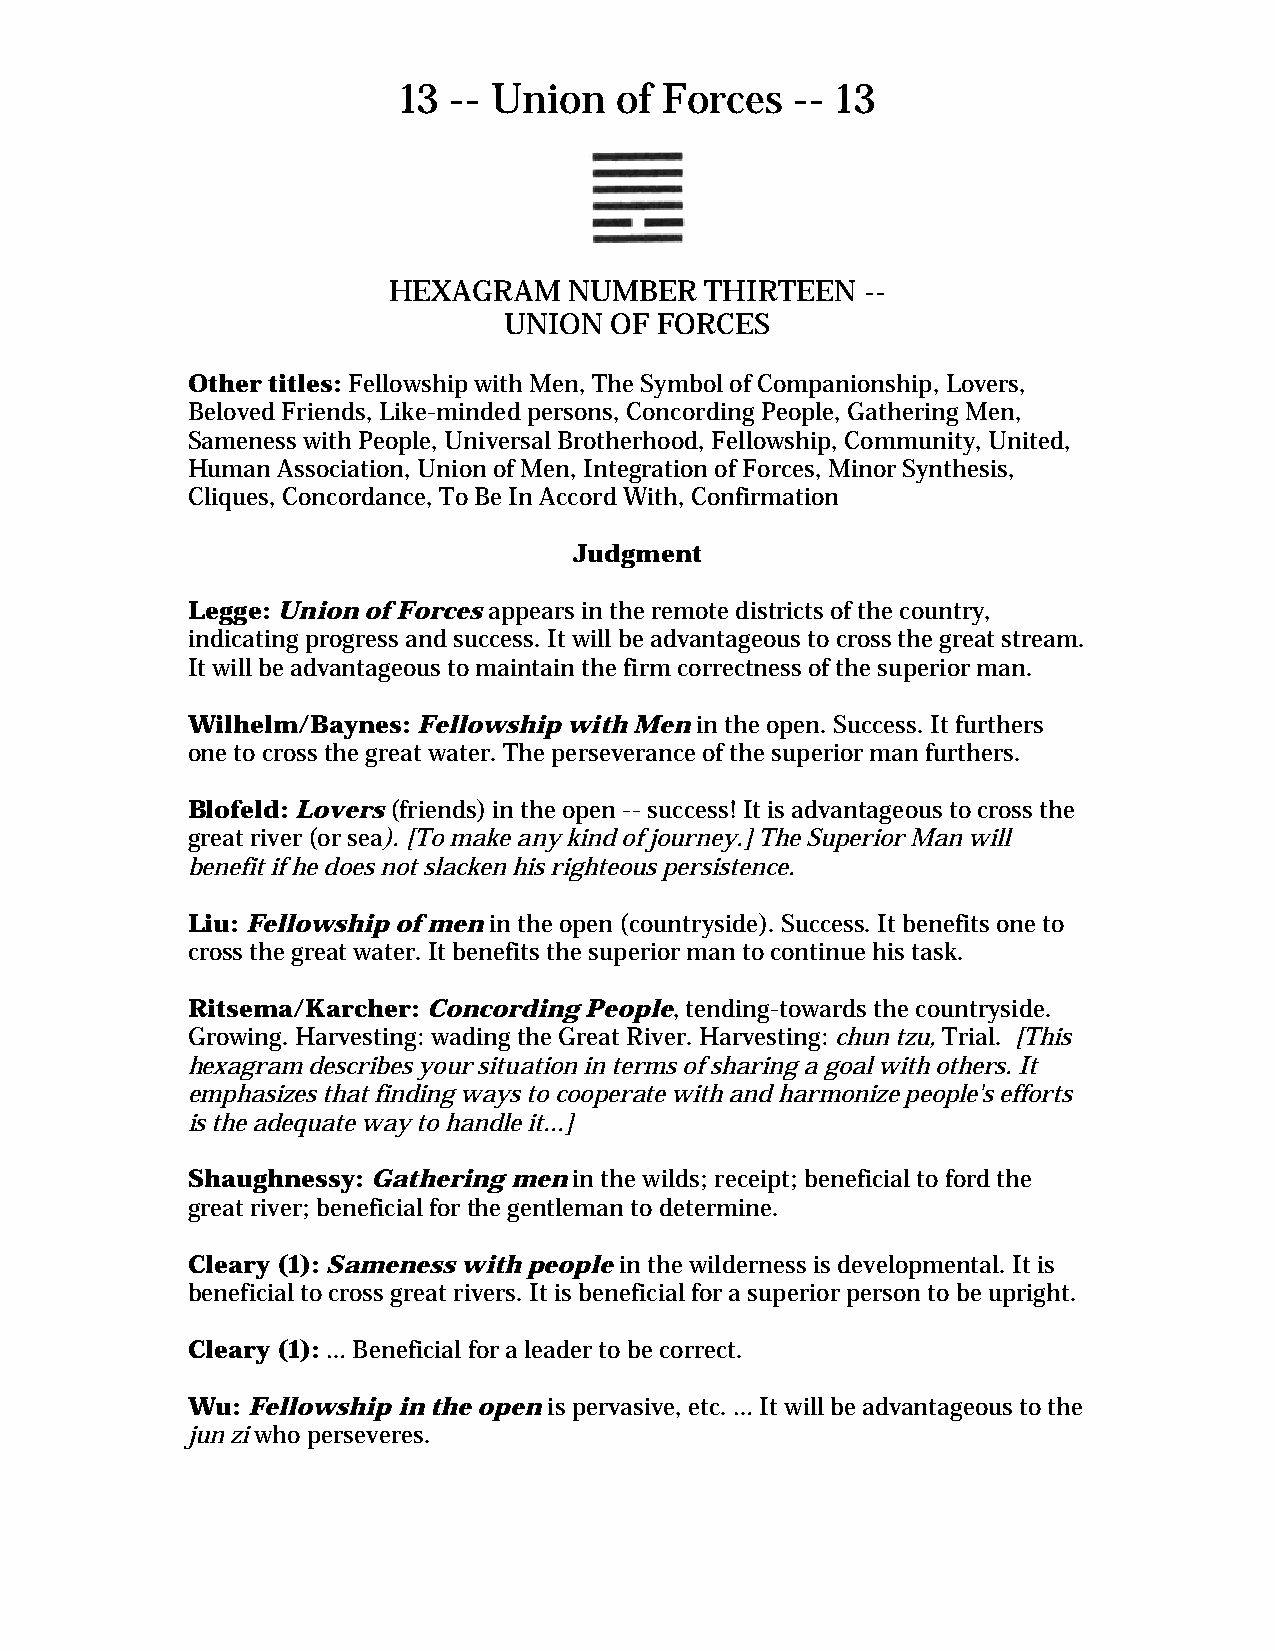
13  -- Union   of Forces   -- 13
 HEXAGRAM    NUMBER   THIRTEEN  --
 UNION  OF FORCES
 Other titles: Fellowship with Men, The Symbol of Companionship, Lovers,
 Beloved Friends, Like-minded persons, Concording People, Gathering Men,
 Sameness with People, Universal Brotherhood, Fellowship, Community, United,
 Human Association, Union of Men, Integration of Forces, Minor Synthesis,
 Cliques, Concordance, To Be In Accord With, Confirmation
 Judgment
 Legge: Union of Forces appears in the remote districts of the country,
 indicating progress and success. It will be advantageous to cross the great stream.
 It will be advantageous to maintain the firm correctness of the superior man.
 Wilhelm/Baynes: Fellowship with Men in the open. Success. It furthers
 one to cross the great water. The perseverance of the superior man furthers.
 Blofeld: Lovers (friends) in the open -- success! It is advantageous to cross the
 great river (or sea). [To make any kind of journey.] The Superior Man will
 benefit if he does not slacken his righteous persistence.
 Liu: Fellowship of men in the open (countryside). Success. It benefits one to
 cross the great water. It benefits the superior man to continue his task.
 Ritsema/Karcher: Concording People, tending-towards the countryside.
 Growing. Harvesting: wading the Great River. Harvesting: chun tzu, Trial. [This
 hexagram describes your situation in terms of sharing a goal with others. It
 emphasizes that finding ways to cooperate with and harmonize people's efforts
 is the adequate way to handle it...]
 Shaughnessy: Gathering men in the wilds; receipt; beneficial to ford the
 great river; beneficial for the gentleman to determine.
 Cleary (1): Sameness with people in the wilderness is developmental. It is
 beneficial to cross great rivers. It is beneficial for a superior person to be upright.
 Cleary (1): … Beneficial for a leader to be correct.
 Wu: Fellowship in the open is pervasive, etc. … It will be advantageous to the
 jun zi who perseveres.